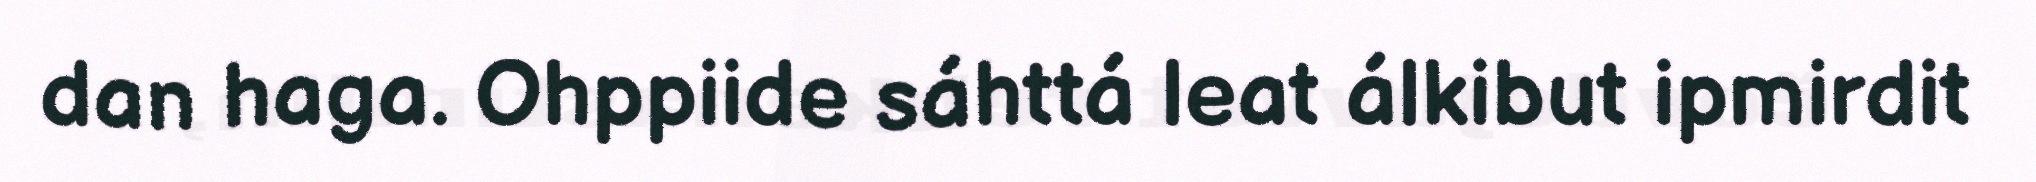
dan haga. Ohppiide sáhttá leat álkibut ipmirdit